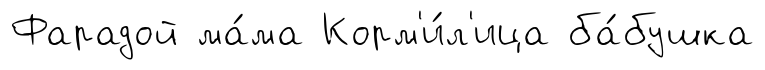
Фарадой ма́ма Корм'и́л'ица ба́бушка